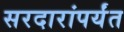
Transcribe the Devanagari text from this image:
सरदारांपर्यंत